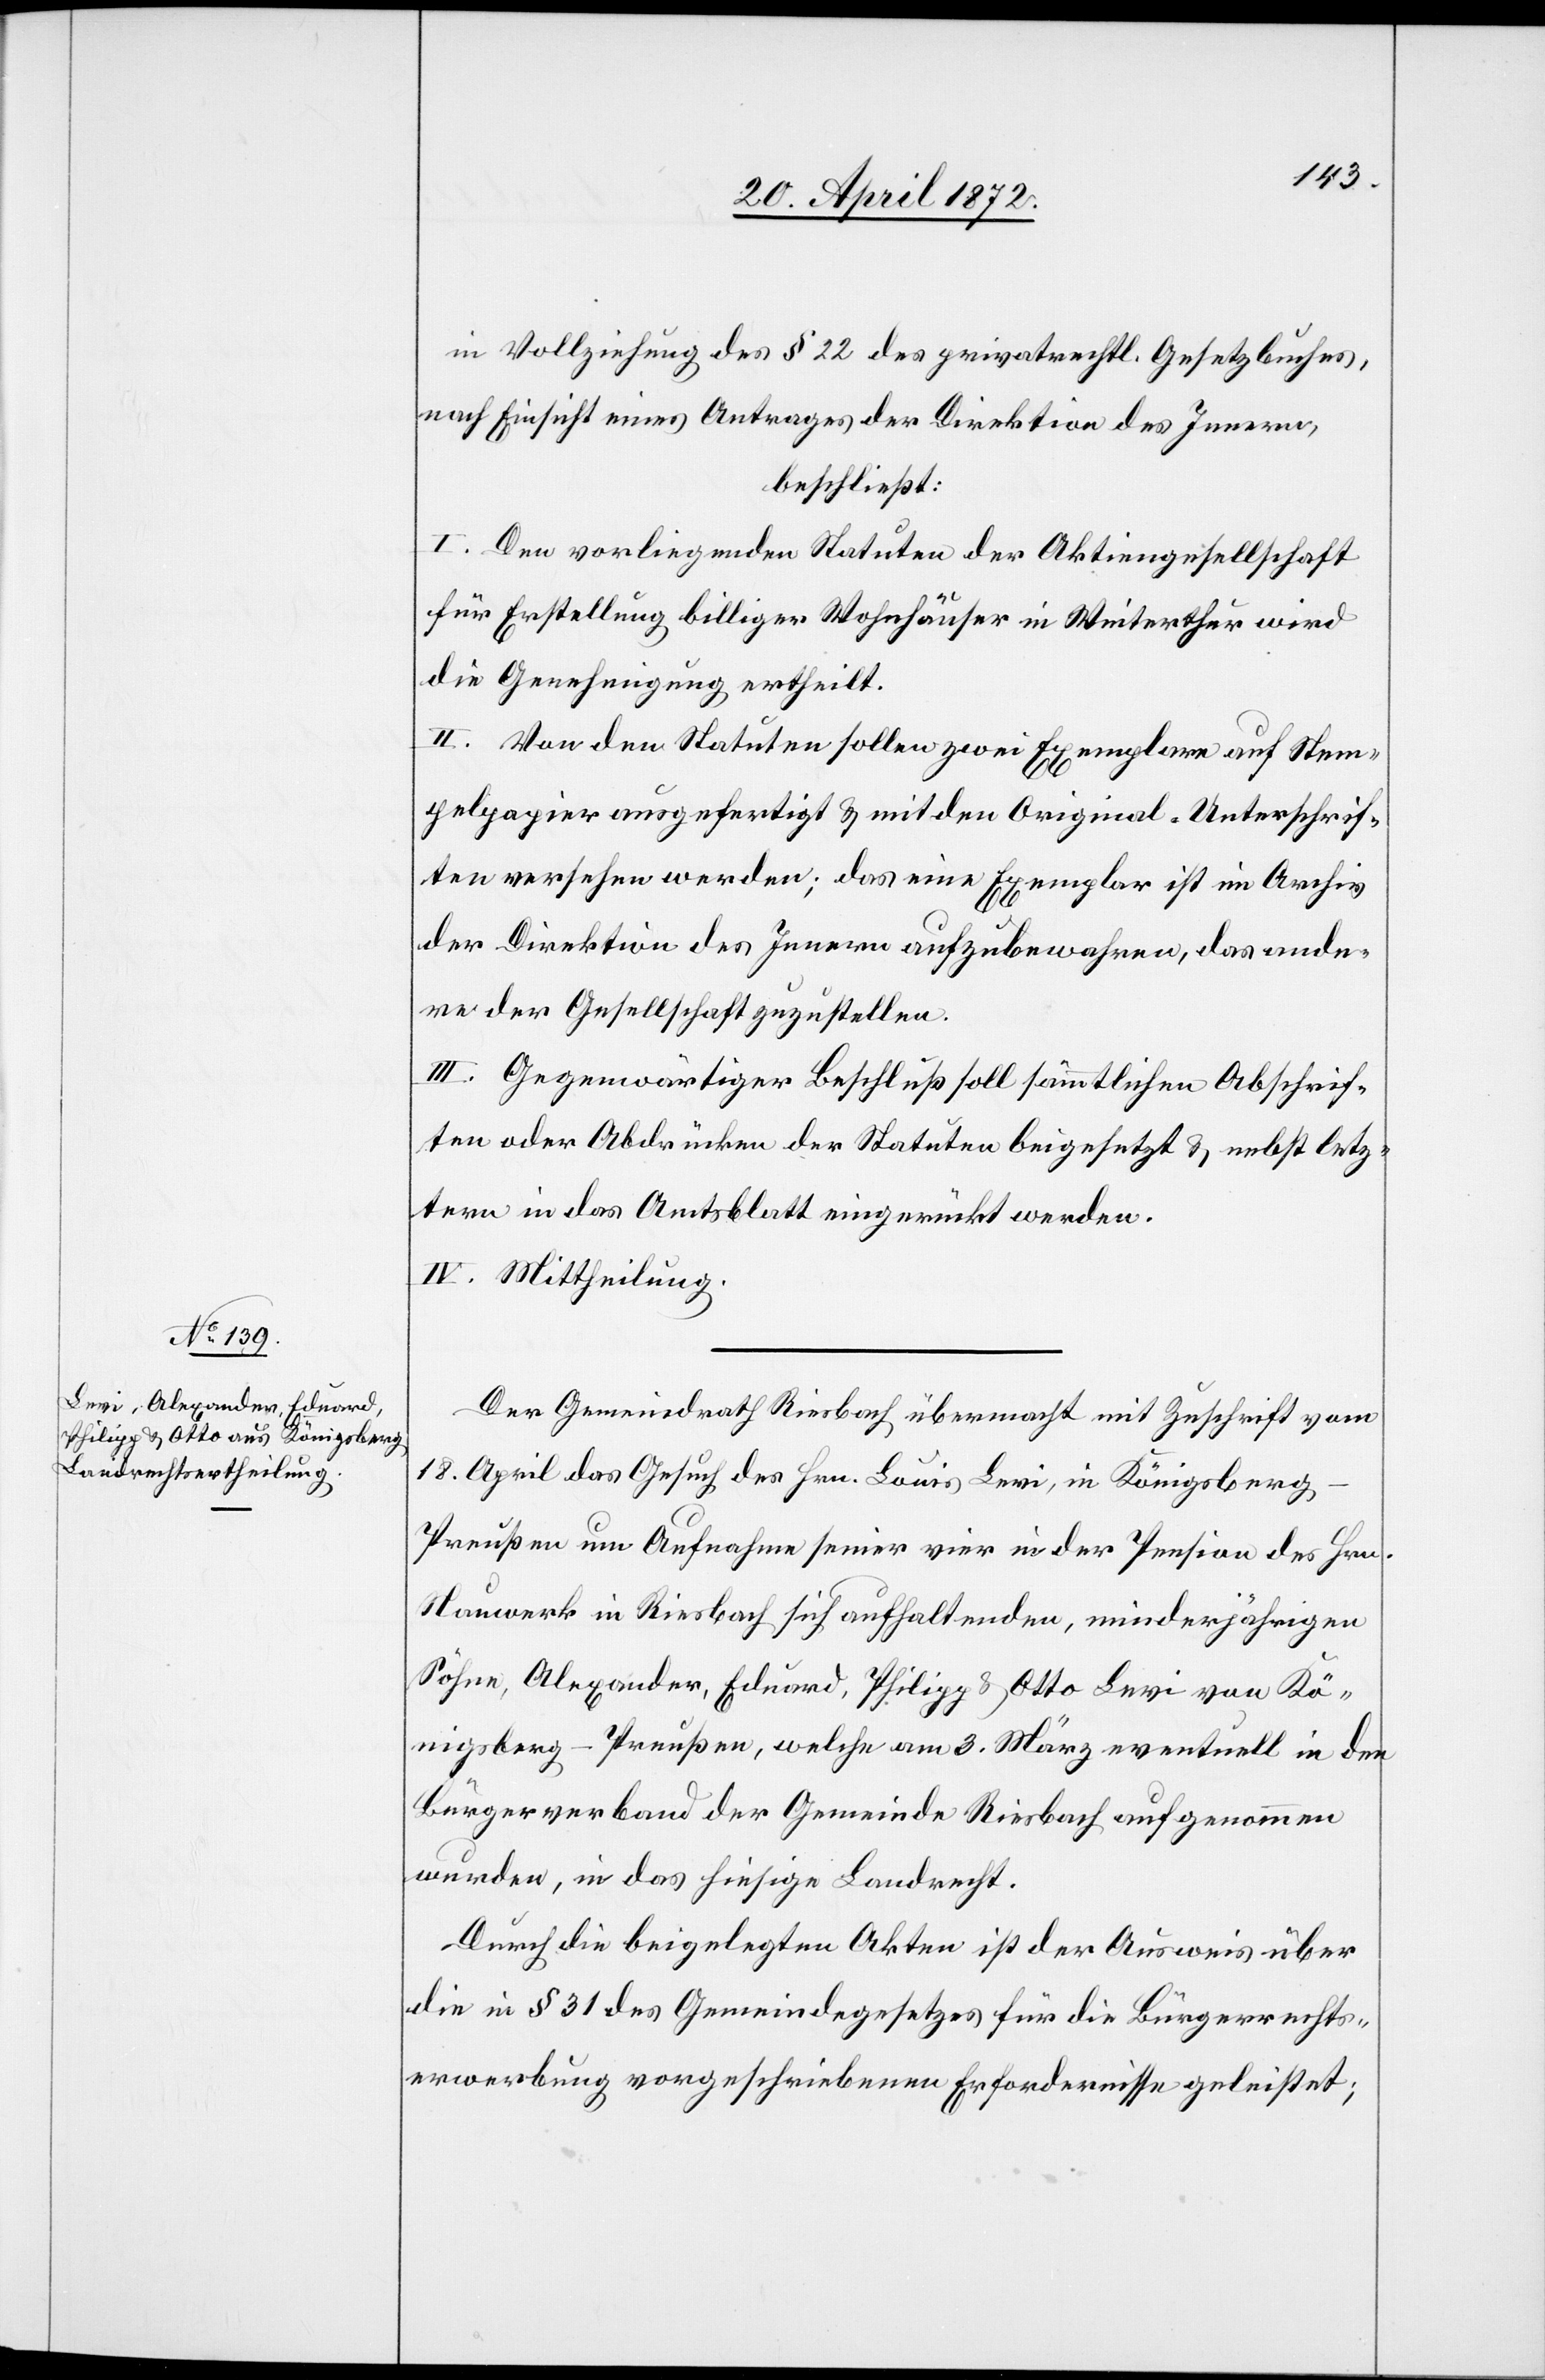
in Vollziehung des § 22 des privatrechtl. Gesetzbuches,
nach Einsicht eines Antrages der Direktion des Innern,
beschließt:
I. Den vorliegenden Statuten der Aktiengesellschaft
für Erstellung billiger Wohnhäuser in Winterthur wird
die Genehmigung ertheilt.
II. Von den Statuten sollen zwei Exemplare auf Stem¬
pelpapier ausgefertigt u. mit den Original-Unterschrif¬
ten versehen werden; das eine Exemplar ist im Archiv
der Direktion des Innern aufzubewahren, das ande¬
re der Gesellschaft zuzustellen.
III. Gegenwärtiger Beschluß soll sämmtlichen Abschrif¬
ten oder Abdrücken der Statuten beigesetzt u. nebst letz¬
tern in das Amtsblatt eingerückt werden.
IV. Mittheilung.
Der Gemeindrath Riesbach übermacht mit Zuschrift vom
18. April das Gesuch des Hrn. Louis Levi, in Königsber¬
g-Preußen um Aufnahme seiner vier in der Pension des Hrn.
Nauwerk in Riesbach sich aufhaltenden, minderjährigen
Söhne, Alexander, Eduard, Philipp u. Otto Levi von Kö¬
nigsberg-Preußen, welche am 3. März eventuell in den
Bürgerverband der Gemeinde Riesbach aufgenommen
wurden, in das hiesige Landrecht.
Durch die beigelegten Akten ist der Ausweis über
die in § 31 des Gemeindegesetzes für die Bürgerrechts¬
erwerbung vorgeschriebenen Erfordernisse geleistet;